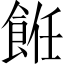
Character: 餁